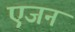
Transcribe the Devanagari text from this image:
एजन